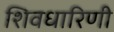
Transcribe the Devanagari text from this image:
शिवधारिणी